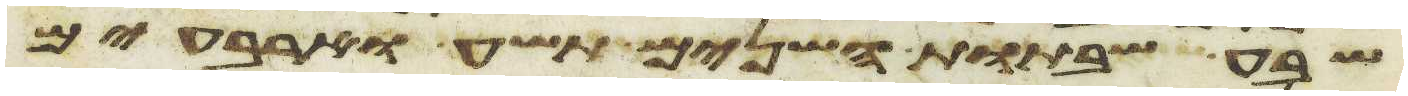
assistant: שבע שבתות השנים תשע וארבעים